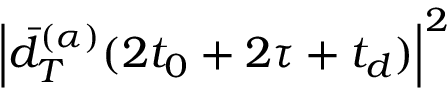
\left| \Bar { d } _ { T } ^ { ( \alpha ) } ( 2 t _ { 0 } + 2 \tau + t _ { d } ) \right| ^ { 2 }